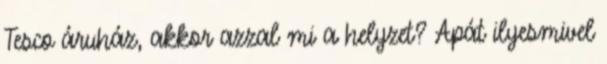
Tesco áruház, akkor azzal mi a helyzet? Apát ilyesmivel